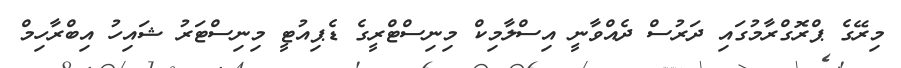
މިރޭގެ ޕްރޮގްރާމުގައި ދަރުސް ދެއްވާނީ އިސްލާމިކް މިނިސްޓްރީގެ ޑެޕިއުޓީ މިނިސްޓަރު ޝައިހު އިބްރާހިމް